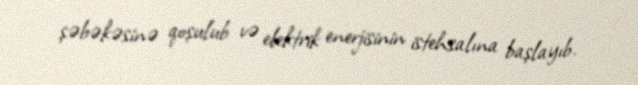
şəbəkəsinə qoşulub və elektrik enerjisinin istehsalına başlayıb.